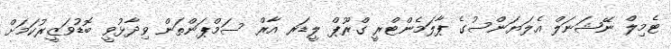
ޓެމިލް ނޭޝަނަލް އެލަޔަންސުގެ ޕާލަމެންޓްރީ ގްރޫޕް ލީޑަރ އާރް ސަމްޕަންތަން ވިދާޅުވީ ބޮޑުވަޒީރުކަމަށް